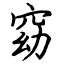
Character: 窈